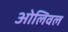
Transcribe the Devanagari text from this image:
ओलिवल